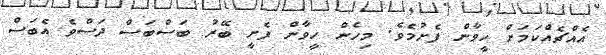
އެއްޗެއްކަމަށް ހީވާން ފެށުމެވެ. މިހެން ހީވާން ފެށީ ބޭރު ބަސްބަސް ދަސްވެ އެބަސް